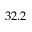
3 2 . 2